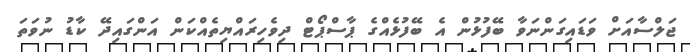
ޖަލްސާއަށް ވަޑައިގަންނަވާ ބޭފުޅުން އެ ބޭފުޅެއްގެ ޕާސްޕޯޓް ދިވެހިރައްޔިތެއްކަން އަންގައިދޭ ކާޑު ނުވަތަ